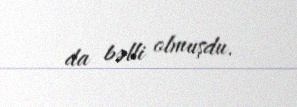
da bəlli olmuşdu.